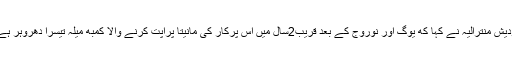
ودیش منترالیہ نے کہا که یوگ اور نوروج کے بعد قریب2سال میں اس پرکار کی مانیتا پراپت کرنے والا کمبھ میلہ تیسرا دھروہر ہے۔